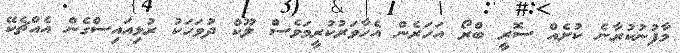
މާފުނުކުރާނެ ކުށެއް ސޮރީ ބްރޯ އަހަރެން އެހާވަރުކުރީމަވެސް ލޫކް ދުވަހަކު ރުޅިއައިސްގެން އެއްޗެކޭ